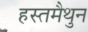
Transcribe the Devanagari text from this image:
हस्‍तमैथुन